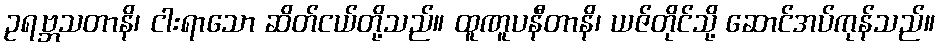
ဥရဗ္ဘသတာနိ၊ ငါးရာသော ဆိတ်ငယ်တို့သည်။ ထူဏူပနီတာနိ၊ ယဇ်တိုင်သို့ ဆောင်အပ်ကုန်သည်။